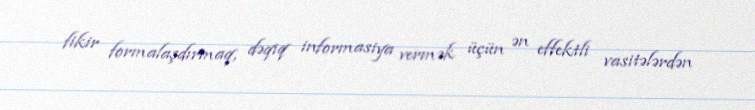
fikir formalaşdırmaq, dəqiq informasiya vermək üçün ən effektli vasitələrdən